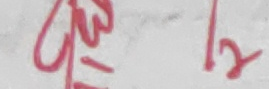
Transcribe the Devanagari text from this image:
१३/१२